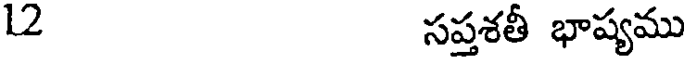
12 సప్తశతీ భాష్యము